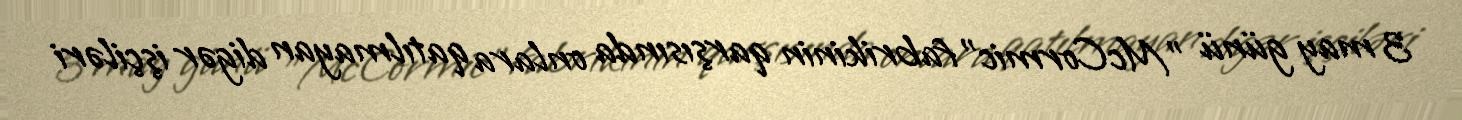
3 may günü "McCormic" fabrikinin qarşısında onlara qatılmayan digər işçiləri